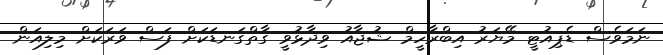
ނަމަވެސް ޑެޕިއުޓީ މޭޔަރު އިބްރާހީމް ޝުޖާއު ވިދާޅުވީ ގާތްގަނޑަކަށް ފަސް ވަރަކަށް މިލިއަން